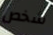
شخص